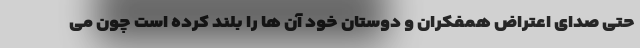
حتی صدای اعتراض همفکران و دوستان خود آن ها را بلند کرده است چون می